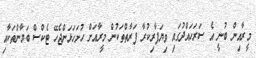
މީރާއިން ބުނީ އެ ސަރަހައްދުގައި ވިޔަފާރިކުރާ ފަރާތްތަކުން މީރާއަށް ހުށަހަޅަންޖެހޭ ޓެކްސް ބަޔާންތަކާއި